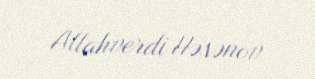
Allahverdi Həsənov